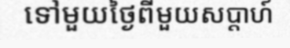
ទៅមួយថ្ងៃពីមួយសប្តាហ៍